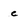
Character: c